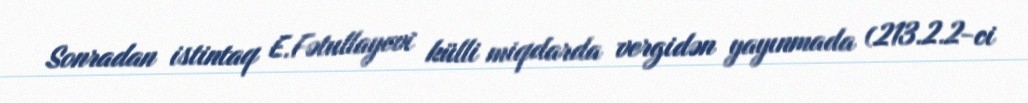
Sonradan istintaq E.Fətullayevi külli miqdarda vergidən yayınmada (213.2.2-ci